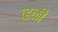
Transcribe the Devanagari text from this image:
व्हळी